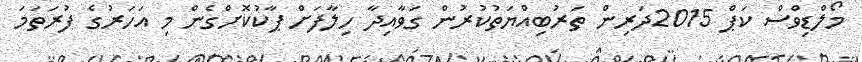
މޯލްޑިވްސް ކަޕް 2015ދަރިން ތަރުބިއްޔަތުކުރުން ގަވާއިދާ ހިލާފަށް ޕާކުކޮށްގެން މި އަހަރުގެ ފުރަތަމަ